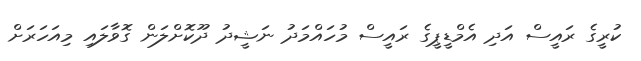
ކުރީގެ ރައީސް އަދި އެމްޑީޕީގެ ރައީސް މުހައްމަދު ނަޝީދު ދޫކޮށްލަން ގޮވާލައި މިއަހަރަށް